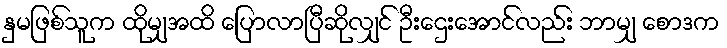
နှမဖြစ်သူက ထိုမျှအထိ ပြောလာပြီဆိုလျှင် ဦးဌေးအောင်လည်း ဘာမျှ စောဒက